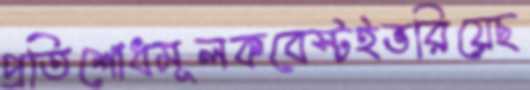
প্রতিশোধমূলকবেস্টইভরিয়েছ